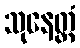
သုနေတ္တံ